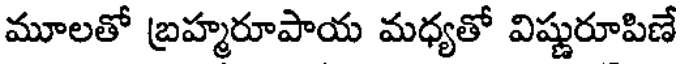
మూలతో బ్రహ్మరూపాయ మధ్యతో విష్ణురూపిణే